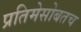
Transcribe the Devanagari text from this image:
प्रतिमेसोबतच